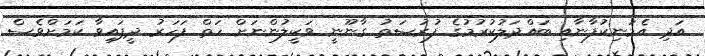
އަދި އެމަނިކުފާނާއި ބައްދަލުކުރުމުގެ ފުރުސަތު ގާނޫނީ ވަކީލުންނަށް ހަތް ފަހަރު ދީފައިވާ ކަަމަށްވެސް